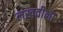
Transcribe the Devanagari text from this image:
लखवीला